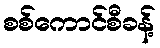
စစ်ကောင်စီခန့်